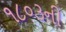
૧૮૦૩ની